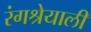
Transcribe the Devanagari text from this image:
रंगश्रेयाली